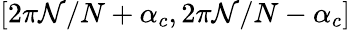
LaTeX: [2\pi\mathcal{N}/N+\alpha_{c},2\pi\mathcal{N}/N-\alpha_{c}]